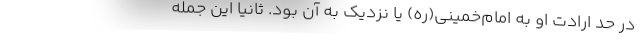
در حد ارادت او به امام‌خمینی(ره) یا نزدیک به آن بود. ثانیاً این جمله